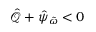
\hat { \mathcal { Q } } + \hat { \psi } _ { \tilde { \omega } } < 0